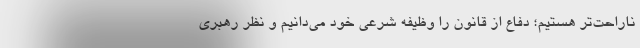
ناراحت‌تر هستیم؛ دفاع از قانون را وظیفه شرعی خود می‌دانیم و نظر رهبری